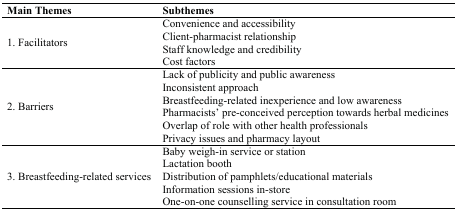
<table><thead><tr><td><b>Main Themes</b></td><td><b>Subthemes</b></td></tr></thead><tbody><tr><td rowspan="4">1. Facilitators</td><td>Convenience and accessibility</td></tr><tr><td>Client-pharmacist relationship</td></tr><tr><td>Staff knowledge and credibility</td></tr><tr><td>Cost factors</td></tr><tr><td rowspan="6">2. Barriers</td><td>Lack of publicity and public awareness</td></tr><tr><td>Inconsistent approach</td></tr><tr><td>Breastfeeding-related inexperience and low awareness</td></tr><tr><td>Pharmacists’ pre-conceived perception towards herbal medicines</td></tr><tr><td>Overlap of role with other health professionals</td></tr><tr><td>Privacy issues and pharmacy layout</td></tr><tr><td rowspan="5">3. Breastfeeding-related services</td><td>Baby weigh-in service or station</td></tr><tr><td>Lactation booth</td></tr><tr><td>Distribution of pamphlets/educational materials</td></tr><tr><td>Information sessions in-store </td></tr><tr><td>One-on-one counselling service in consultation room</td></tr></tbody></table>